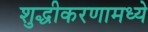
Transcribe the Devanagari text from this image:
शुद्धीकरणामध्ये